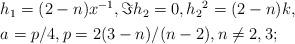
LaTeX: \begin{align*}\begin{aligned}&h_1=(2-n)x^{-1},\Im h_2=0,h_2{}^2=(2-n)k,\\&a= p/4,p=2(3-n)/(n-2),n\neq 2,3 ;\end{aligned}\end{align*}